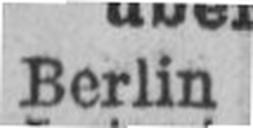
Berlin